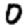
Digit: 0